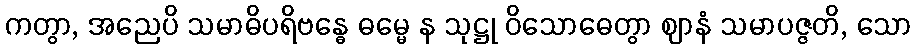
ကတွာ, အညေပိ သမာဓိပရိဗန္ဓေ ဓမ္မေ န သုဋ္ဌု ဝိသောဓေတွာ ဈာနံ သမာပဇ္ဇတိ, သော